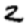
Digit: 2